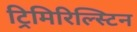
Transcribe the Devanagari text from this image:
ट्रिमिरिल्स्टिन